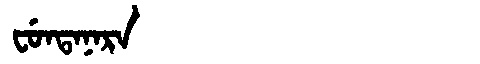
Manchu: ᠸᡠᠨᡨᠠᠨᠠᡵᠠ
Romanization: FUNTANARA